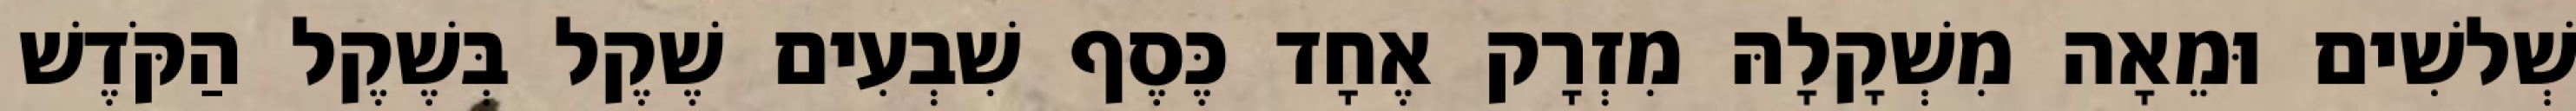
שְׁלשִׁים וּמֵאָה מִשְׁקָלָהּ מִזְרָק אֶחָד כֶּסֶף שִׁבְעִים שֶׁקֶל בְּשֶׁקֶל הַקֹּדֶשׁ